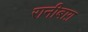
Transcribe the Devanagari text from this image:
रानीबाग़